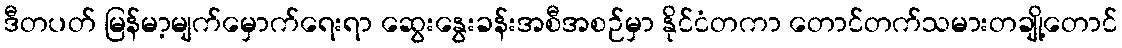
ဒီတပတ် မြန်မာ့မျက်မှောက်ရေးရာ ဆွေးနွေးခန်းအစီအစဉ်မှာ နိုင်ငံတကာ တောင်တက်သမားတချို့တောင်